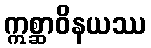
ဣစ္ဆာဝိနယဿ